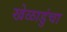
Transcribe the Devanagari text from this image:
खेळाडुंचा